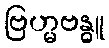
ဗြဟ္မဗန္ဓူ